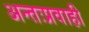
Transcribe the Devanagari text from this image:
अन्तःप्रवाही